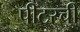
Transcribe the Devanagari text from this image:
पीटरची